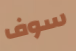
سوف